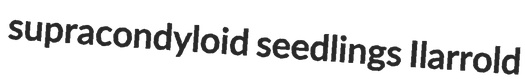
supracondyloid seedlings Ilarrold